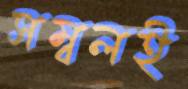
সম্বলই